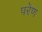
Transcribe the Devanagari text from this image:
परेण